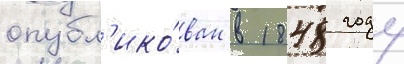
опубл'ико́ван в 1848 году